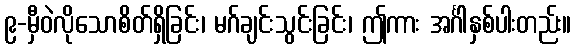
၉-မှီဝဲလိုသောစိတ်ရှိခြင်း၊ မဂ်ချင်းသွင်းခြင်း၊ ဤကား အင်္ဂါနှစ်ပါးတည်း။